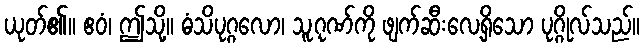
ယုတ်၏။ ဧဝံ၊ ဤသို့။ ဓံသိပုဂ္ဂလော၊ သူ့ဂုဏ်ကို ဖျက်ဆီးလေ့ရှိသော ပုဂ္ဂိုလ်သည်။